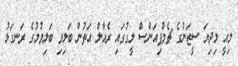
މިއީ މިދިޔަ ސީޒަނުގެ ޗެމްޕިއަންސް ލީގުގައި ރެއާލް އަތުން ބަލިވި ބަލިވުމުގެ ރަނގަޅު